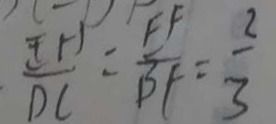
\frac { E H } { D C } = \frac { E F } { B F } = \frac { 2 } { 3 }